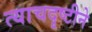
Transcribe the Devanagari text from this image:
त्याचदृष्टीने